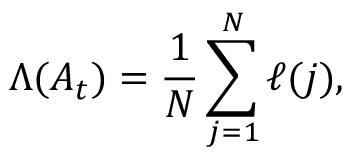
\Lambda ( A _ { t } ) = \frac { 1 } { N } \sum _ { j = 1 } ^ { N } \ell ( j ) ,